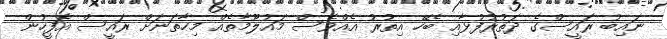
ނައިބު ރައީސްގެ ދަތުރުފުޅާއި ބެހޭ އިތުރު އެއްވެސް މައުލޫމާތެއް މިހާތަނަށް ރައީސް އޮފީހުން